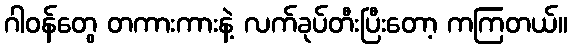
ဂါဝန်တွေ တကားကားနဲ့ လက်ခုပ်တီးပြီးတော့ ကကြတယ်။